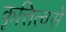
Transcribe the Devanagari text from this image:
कृत्तित्वसे